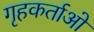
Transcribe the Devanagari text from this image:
गृहकर्ताओ